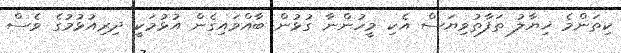
ކިތަންމެ ޚިޔާލު ތަފާތުވިޔަސް އެކި މީހުންނާ ގުޅުން ބާއްވައިގެން އުޅުމަކީ ދިރިއުޅުމުގެ ވެސް